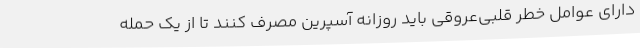
دارای عوامل خطر قلبی‌عروقی باید روزانه آسپرین مصرف کنند تا از یک حمله